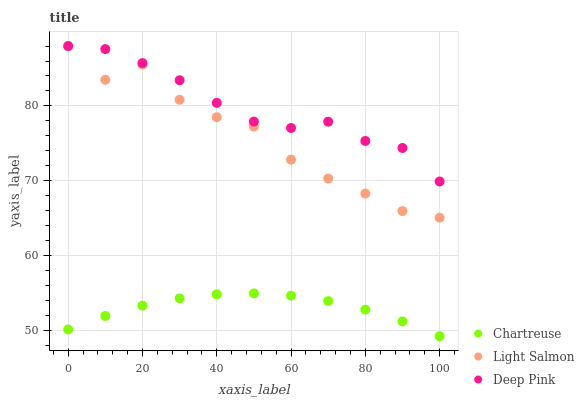
| xaxis_label | Chartreuse | Light Salmon | Deep Pink |
 | --- | --- | --- | --- |
 | 0 | 50.2 | 88 | 88 |
 | 10 | 52 | 83.5 | 87.6 |
 | 20 | 53.4 | 85.5 | 85.7 |
 | 30 | 54.3 | 80.8 | 83.4 |
 | 40 | 54.9 | 78.5 | 80.4 |
 | 50 | 55 | 77.3 | 77.9 |
 | 60 | 54.7 | 72.8 | 77.1 |
 | 70 | 54 | 70.3 | 77.9 |
 | 80 | 52.8 | 68.3 | 75.3 |
 | 90 | 51.3 | 66 | 74.4 |
 | 100 | 49.3 | 65.1 | 69.9 |